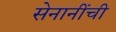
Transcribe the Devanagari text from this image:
सेनानींची